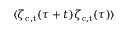
\langle \zeta _ { \mathrm { c , t } } ( \tau + t ) \zeta _ { \mathrm { c , t } } ( \tau ) \rangle